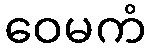
ဝေမကံ